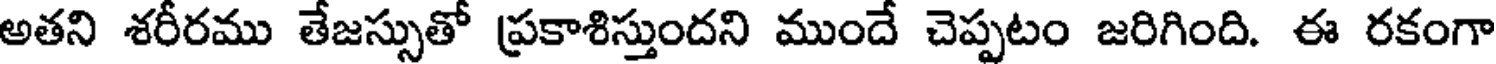
అతని శరీరము తేజస్సుతో ప్రకాశిస్తుందని ముందే చెప్పటం జరిగింది. ఈ రకంగా